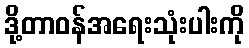
ဒို့တာဝန်အရေးသုံးပါးကို